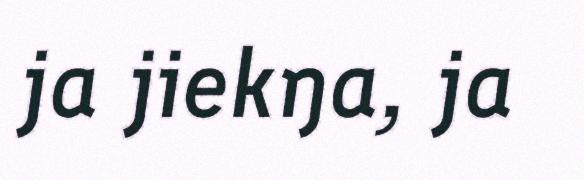
ja jiekŋa, ja